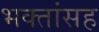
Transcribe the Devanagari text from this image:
भक्तांसह